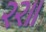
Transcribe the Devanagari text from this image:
२२॥